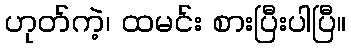
ဟုတ်ကဲ့၊ ထမင်း စားပြီးပါပြီ။